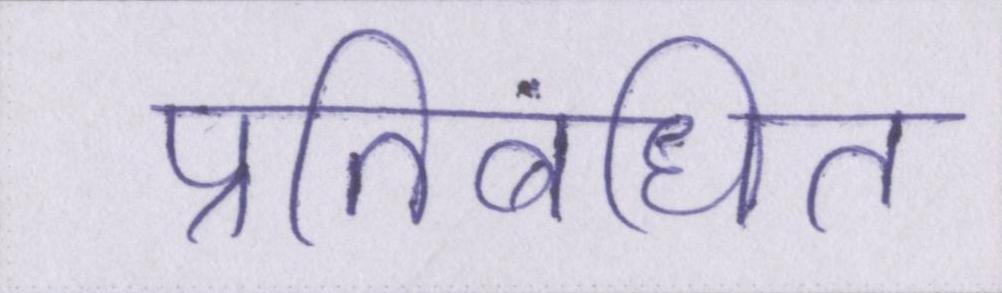
प्रतिबंधित